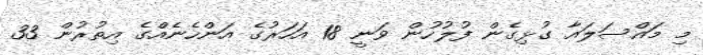
މި މައްސަލައާ ގުޅިގެން ފުލުހުން ވަނީ 18 އަހަރުގެ އަންހެނެއްގެ އިތުރުން 33